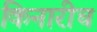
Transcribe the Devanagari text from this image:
किनारीच